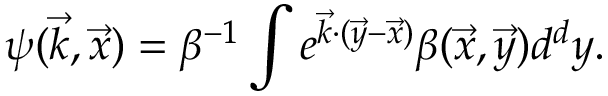
\psi ( \vec { k } , \vec { x } ) = \beta ^ { - 1 } \int e ^ { \vec { k } \cdot ( \vec { y } - \vec { x } ) } \beta ( \vec { x } , \vec { y } ) d ^ { d } y .